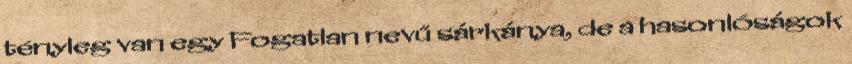
tényleg van egy Fogatlan nevű sárkánya, de a hasonlóságok